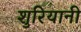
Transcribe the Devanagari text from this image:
शुरियानी